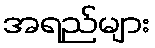
အရည်များ